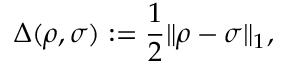
\Delta ( \rho , \sigma ) : = \frac { 1 } { 2 } \| \rho - \sigma \| _ { 1 } ,